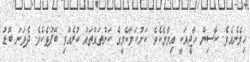
ހިމެނެއެވެ. ކާސިން ހާޖީއަކީ އިމާމެކެވެ. ކަށުކަމާކެމީގެ ކަންތައްތައް ކުރެއްވި ބޭފުޅެކެވެ. ދެވަނަ ބޮޑު